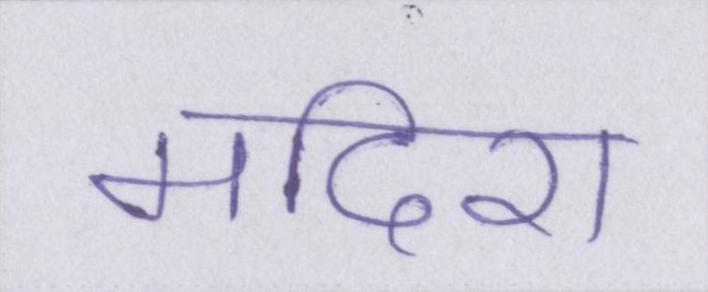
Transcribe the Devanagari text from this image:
मदिरा